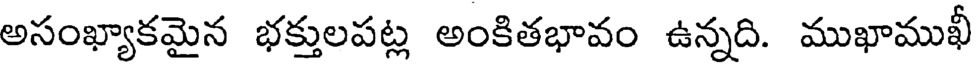
అసంఖ్యాకమైన భక్తులపట్ల అంకితభావం ఉన్నది. ముఖాముఖీ